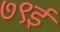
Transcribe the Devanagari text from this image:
७९ई